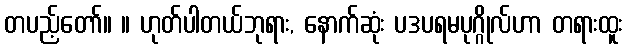
တပည့်တော်။ ။ ဟုတ်ပါတယ်ဘုရား, နောက်ဆုံး ပဒပရမပုဂ္ဂိုလ်ဟာ တရားထူး